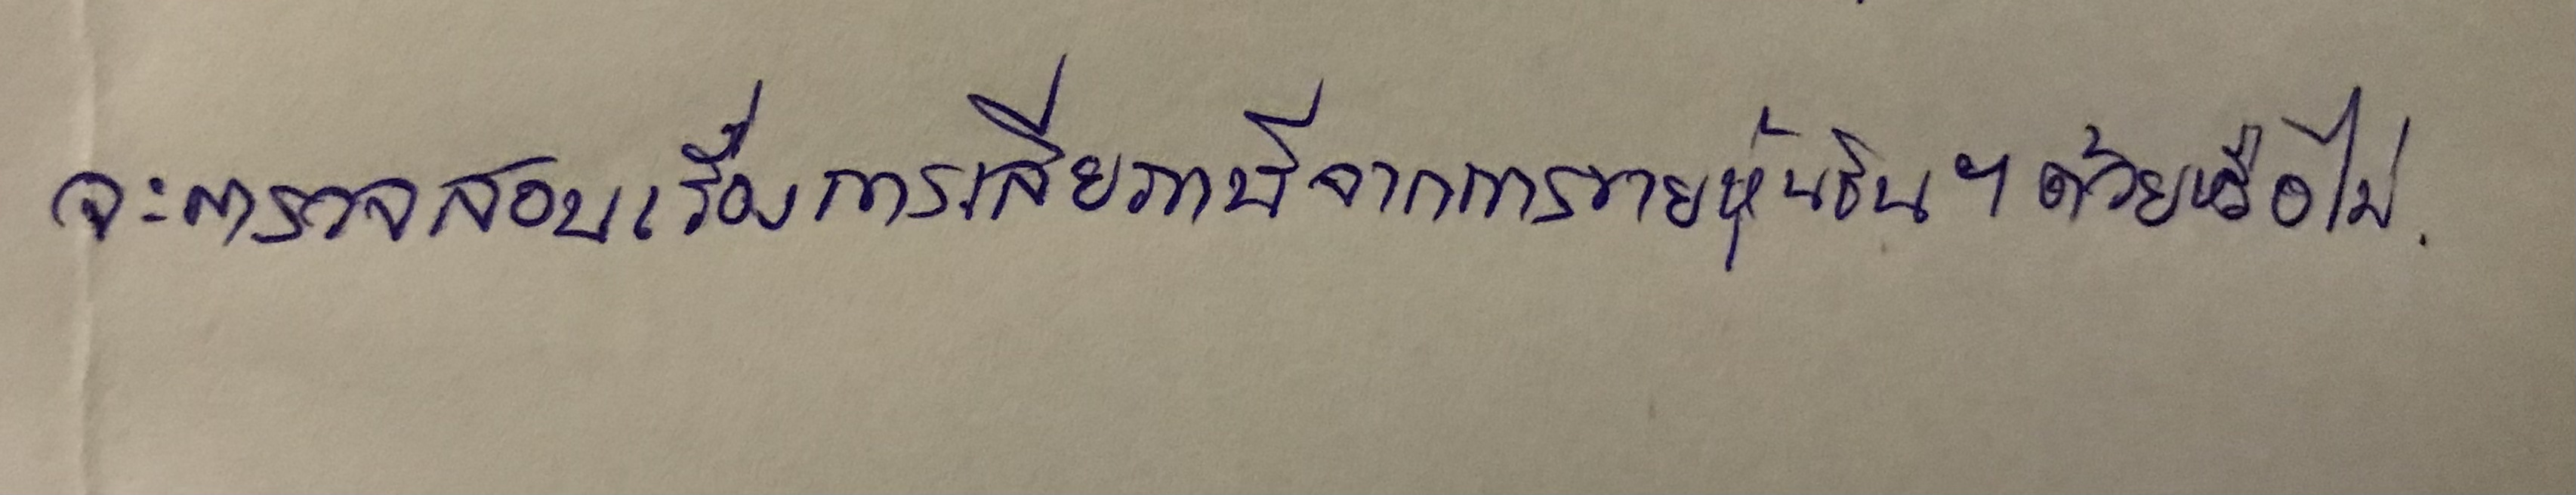
จะตรวจสอบเรื่องการเสียภาษีจากการขายหุ้นชินฯด้วยหรือไม่